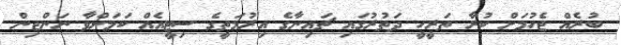
ބުރެއް ޖެހުމަށް ކުރާ ތަރީހީ ދަތުރުގައި ޗައިނާގެ އިރުމަތީގެ ސިޓީއެއް ކަމަށްވާ ނަންޖިން